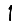
Digit: 1